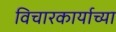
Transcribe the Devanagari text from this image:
विचारकार्याच्या